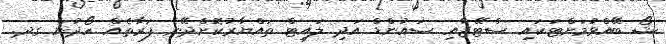
ޝޯ ބޭއްވުމަށްޓަކައި ސްޓޭޖާއި ސައުންޑް އަދި ލައިޓް ތައްޔާރުކޮށްދޭނެ ފަރާތެއް ހޯދުން ގދ.